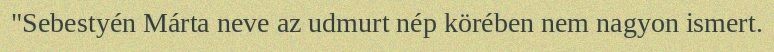
"Sebestyén Márta neve az udmurt nép körében nem nagyon ismert.